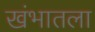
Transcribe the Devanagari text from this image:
खंभातला